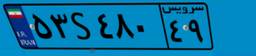
۵۳S۴۸۰۴۹